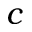
c